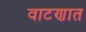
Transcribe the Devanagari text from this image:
वाटणात